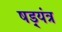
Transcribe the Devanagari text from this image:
षड़्यंत्र